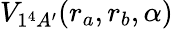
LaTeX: V_{1^{4}A^{\prime}}(r_{a},r_{b},\alpha)